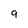
Character: 9